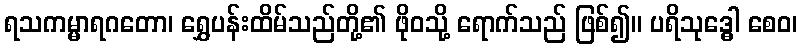
ရသကမ္မာရဂတော၊ ရွှေပန်းထိမ်သည်တို့၏ ဖိုဝသို့ ရောက်သည် ဖြစ်၍။ ပရိသုဒ္ဓေါ စေဝ၊